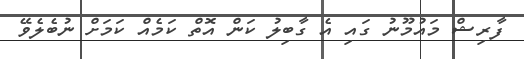
ފާރިޝް މައުމޫނު ގައި އެ ގާބިލު ކަން އޮތް ކަމެއް ކަމަށް ނުބެލެވޭ